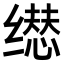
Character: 𬙃